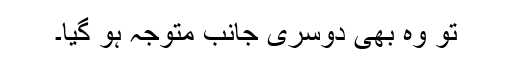
تو وہ بھی دوسری جانب متوجہ ہو گیا۔